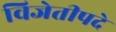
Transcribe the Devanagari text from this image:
विजेतीपदे